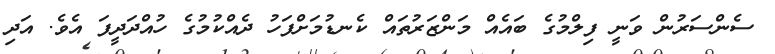
ސެންސަރުން ވަނީ ފިލްމުގެ ބައެއް މަންޒަރުތައް ކެނޑުމަށްފަހު ދެއްކުމުގެ ހުއްދަދީފަ އެވެ. އަދި